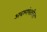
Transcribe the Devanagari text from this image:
अवश्यंभाविता